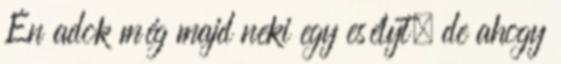
Én adok még majd neki egy esélyt, de ahogy